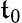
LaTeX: \mathfrak{t}_{0}